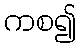
ကစ၍